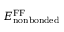
E _ { \mathrm { n o n b o n d e d } } ^ { \mathrm { F F } }